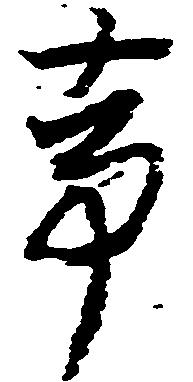
事